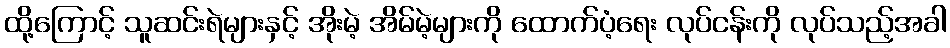
ထို့ကြောင့် သူဆင်းရဲများနှင့် အိုးမဲ့ အိမ်မဲ့များကို ထောက်ပံ့ရေး လုပ်ငန်းကို လုပ်သည့်အခါ